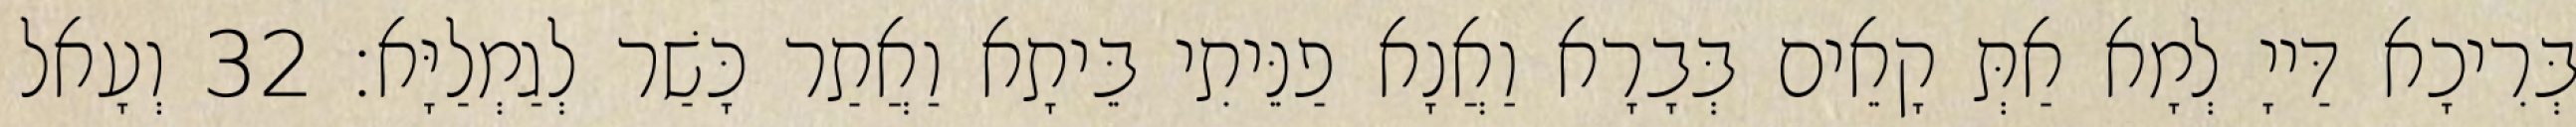
בְּרִיכָא דַּייָ לְמָא אַתְּ קָאֵים בְּבָרָא וַאֲנָא פַנֵּיתִי בֵּיתָא וַאֲתַר כָּשַׁר לְגַמְלַיָּא׃ 32 וְעָאל